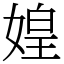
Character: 媓